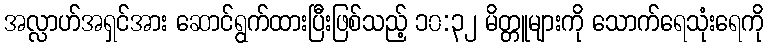
အလ္လာဟ်အရှင်အား ဆောင်ရွက်ထားပြီးဖြစ်သည့် ၁၀:၃၂ မိတ္တူများကို သောက်ရေသုံးရေကို